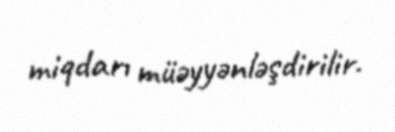
miqdarı müəyyənləşdirilir.